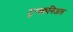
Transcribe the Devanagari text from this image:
ट्रन्स्क्रनिअल